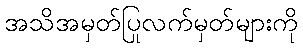
အသိအမှတ်ပြုလက်မှတ်များကို